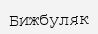
Бижбуляк